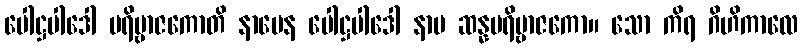
ပေါဋ္ဌပါဒေါ ပရိဗ္ဗာဇကောတိ နာမေန ပေါဋ္ဌပါဒေါ နာမ ဆန္နပရိဗ္ဗာဇကော။ သော ကိရ ဂိဟိကာလေ